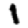
Digit: 1